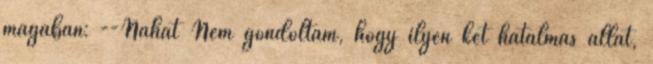
magában: --Nahát Nem gondoltam, hogy ilyen két hatalmas állat,